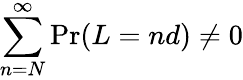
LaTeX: \sum_{n=N}^{\infty}\operatorname*{Pr}(L=nd)\neq 0